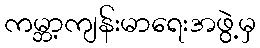
ကမ္ဘာ့ကျန်းမာရေးအဖွဲ့မှ